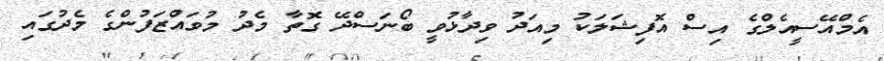
އެމްއޭސީއެލްގެ އިސް އޮފިޝަލަކު މިއަދު ވިދާޅުވީ ބޯނަސްދޭ ގޮތާ މެދު މުވައްޒަފުންގެ މެދުގައި